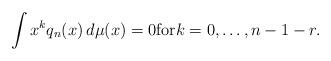
LaTeX: \begin{align*}\int x^k q_n(x) \, d{\mu} (x) =0 \mbox{for} k=0,\ldots,n-1-r. \end{align*}